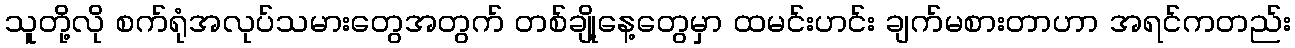
သူတို့လို စက်ရုံအလုပ်သမားတွေအတွက် တစ်ချို့နေ့တွေမှာ ထမင်းဟင်း ချက်မစားတာဟာ အရင်ကတည်း